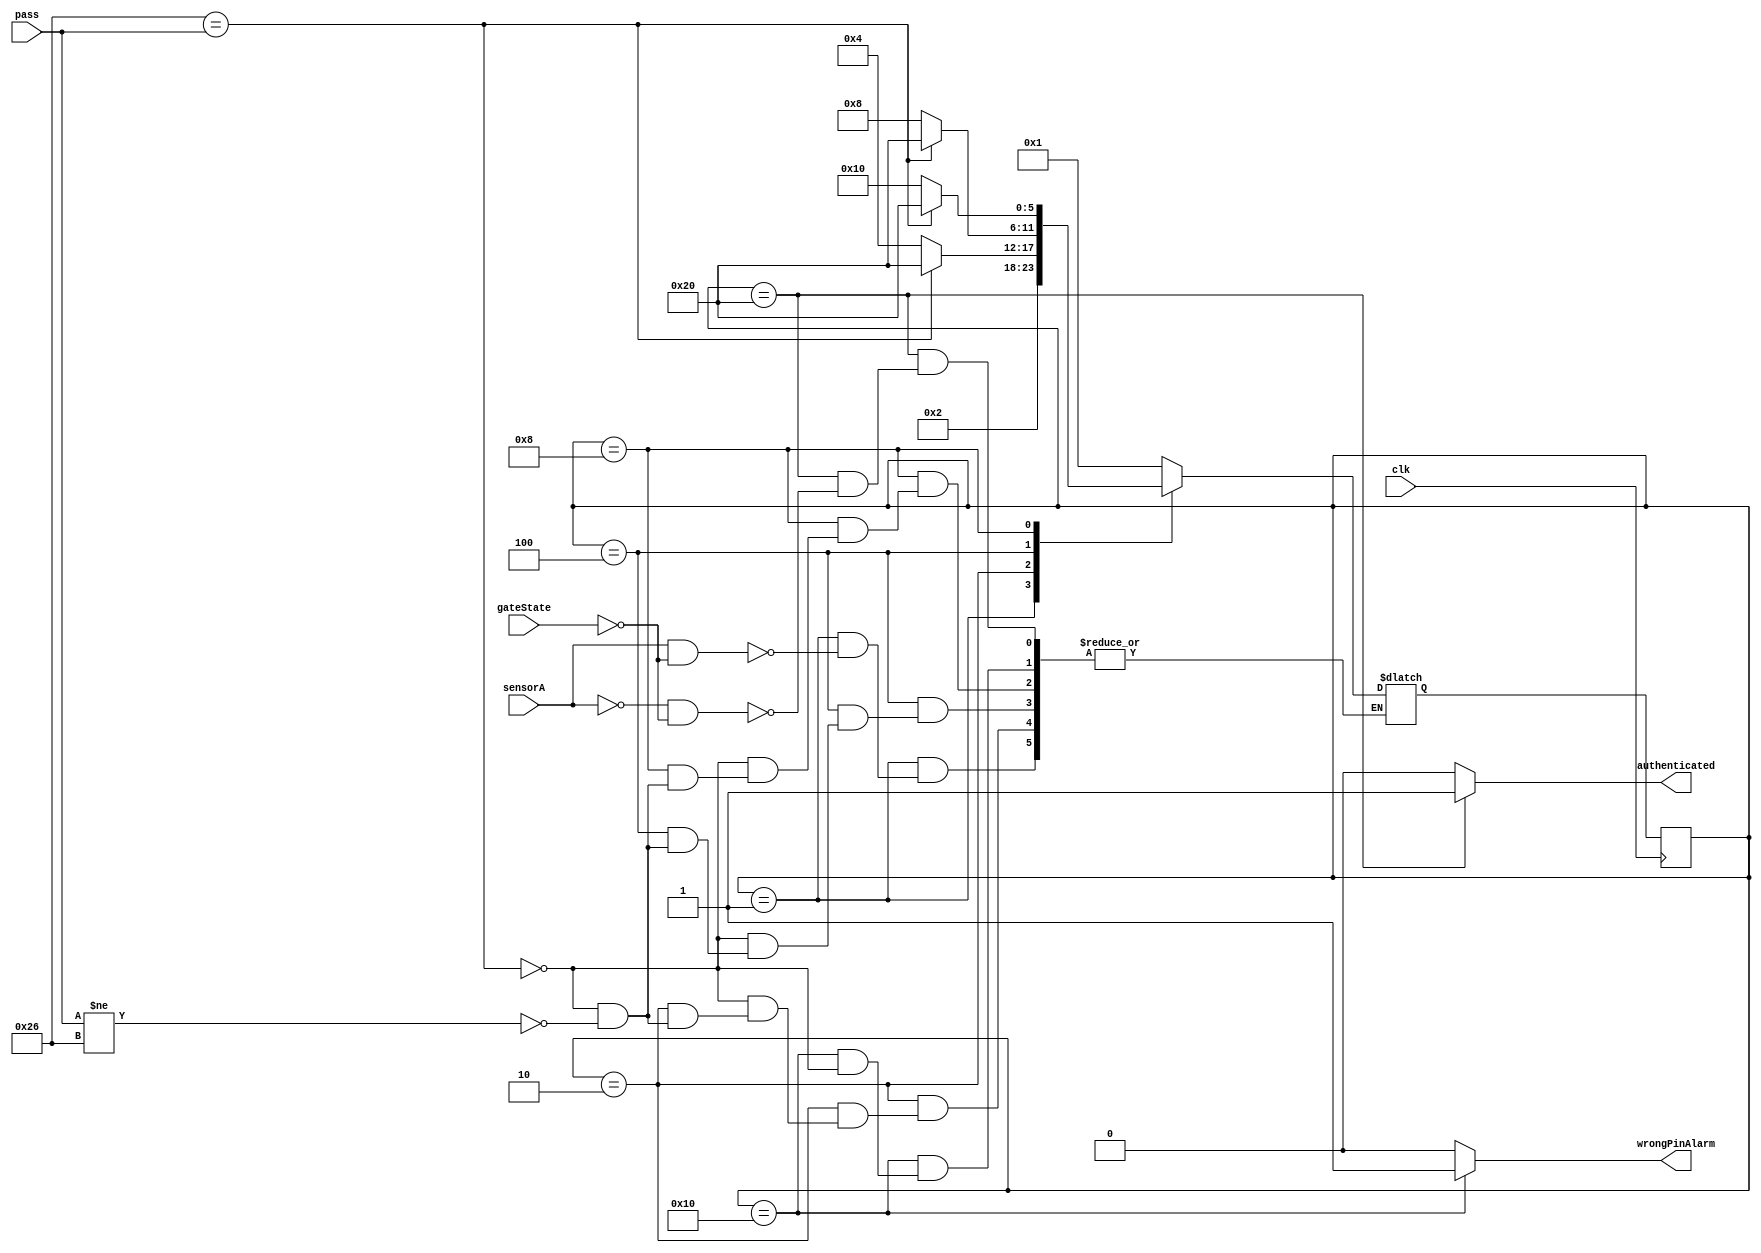
module passmanager (
    input wire clk,
    input wire sensorA,
    input wire gateState,
    input wire [7:0] pass,
    output reg wrongPinAlarm,
    output reg authenticated
);

parameter standby =    6'b000001;
parameter carArrived = 6'b000010;
parameter secondTry =  6'b000100;
parameter thirdTry =   6'b001000;
parameter wrongPin =   6'b010000;
parameter rightPin =   6'b100000;

parameter mypass = 8'b00100110;   // B97026: 26 ---> 0010 0110
                                // 0x26 = 8'b00100110

reg [5:0] state;
reg [5:0] nextState;

always @(posedge clk) begin
    state <= nextState;
end


always @(*) begin
    
    if (state == rightPin) begin
      authenticated = 1'b1;
    end else begin 
      authenticated = 1'b0;
    end

    if (state == wrongPin) begin
       wrongPinAlarm = 1'b1;
    end else begin 
      wrongPinAlarm = 1'b0;
    end


case (state)
    standby: if (sensorA && ~gateState) nextState = carArrived;

    carArrived: begin
        if (mypass == pass) nextState = rightPin;
        else if (pass != mypass) nextState = secondTry;
    end
    
    secondTry: begin
        if (mypass == pass) nextState = rightPin;
        else if (pass != mypass) nextState = thirdTry;
    end

    thirdTry: begin
        if (mypass == pass) nextState = rightPin;
        else if (pass != mypass) nextState = wrongPin;
    end
    wrongPin: if (mypass == pass) nextState = standby;
    
    rightPin: if (~sensorA && ~gateState) nextState = standby; 

    default: nextState = standby;
endcase

end

endmodule